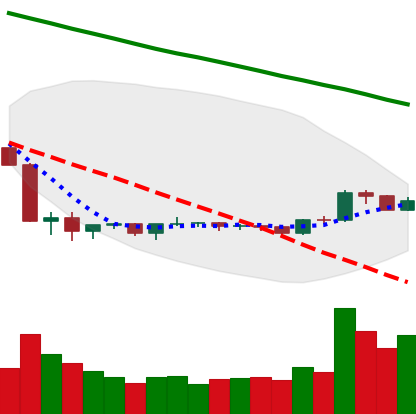
Ticker: BNB-USD
Chart end date: 2019-10-12
Forward return: 7.48%
Label: up_7plus